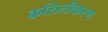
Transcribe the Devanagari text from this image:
कलिलीकरण